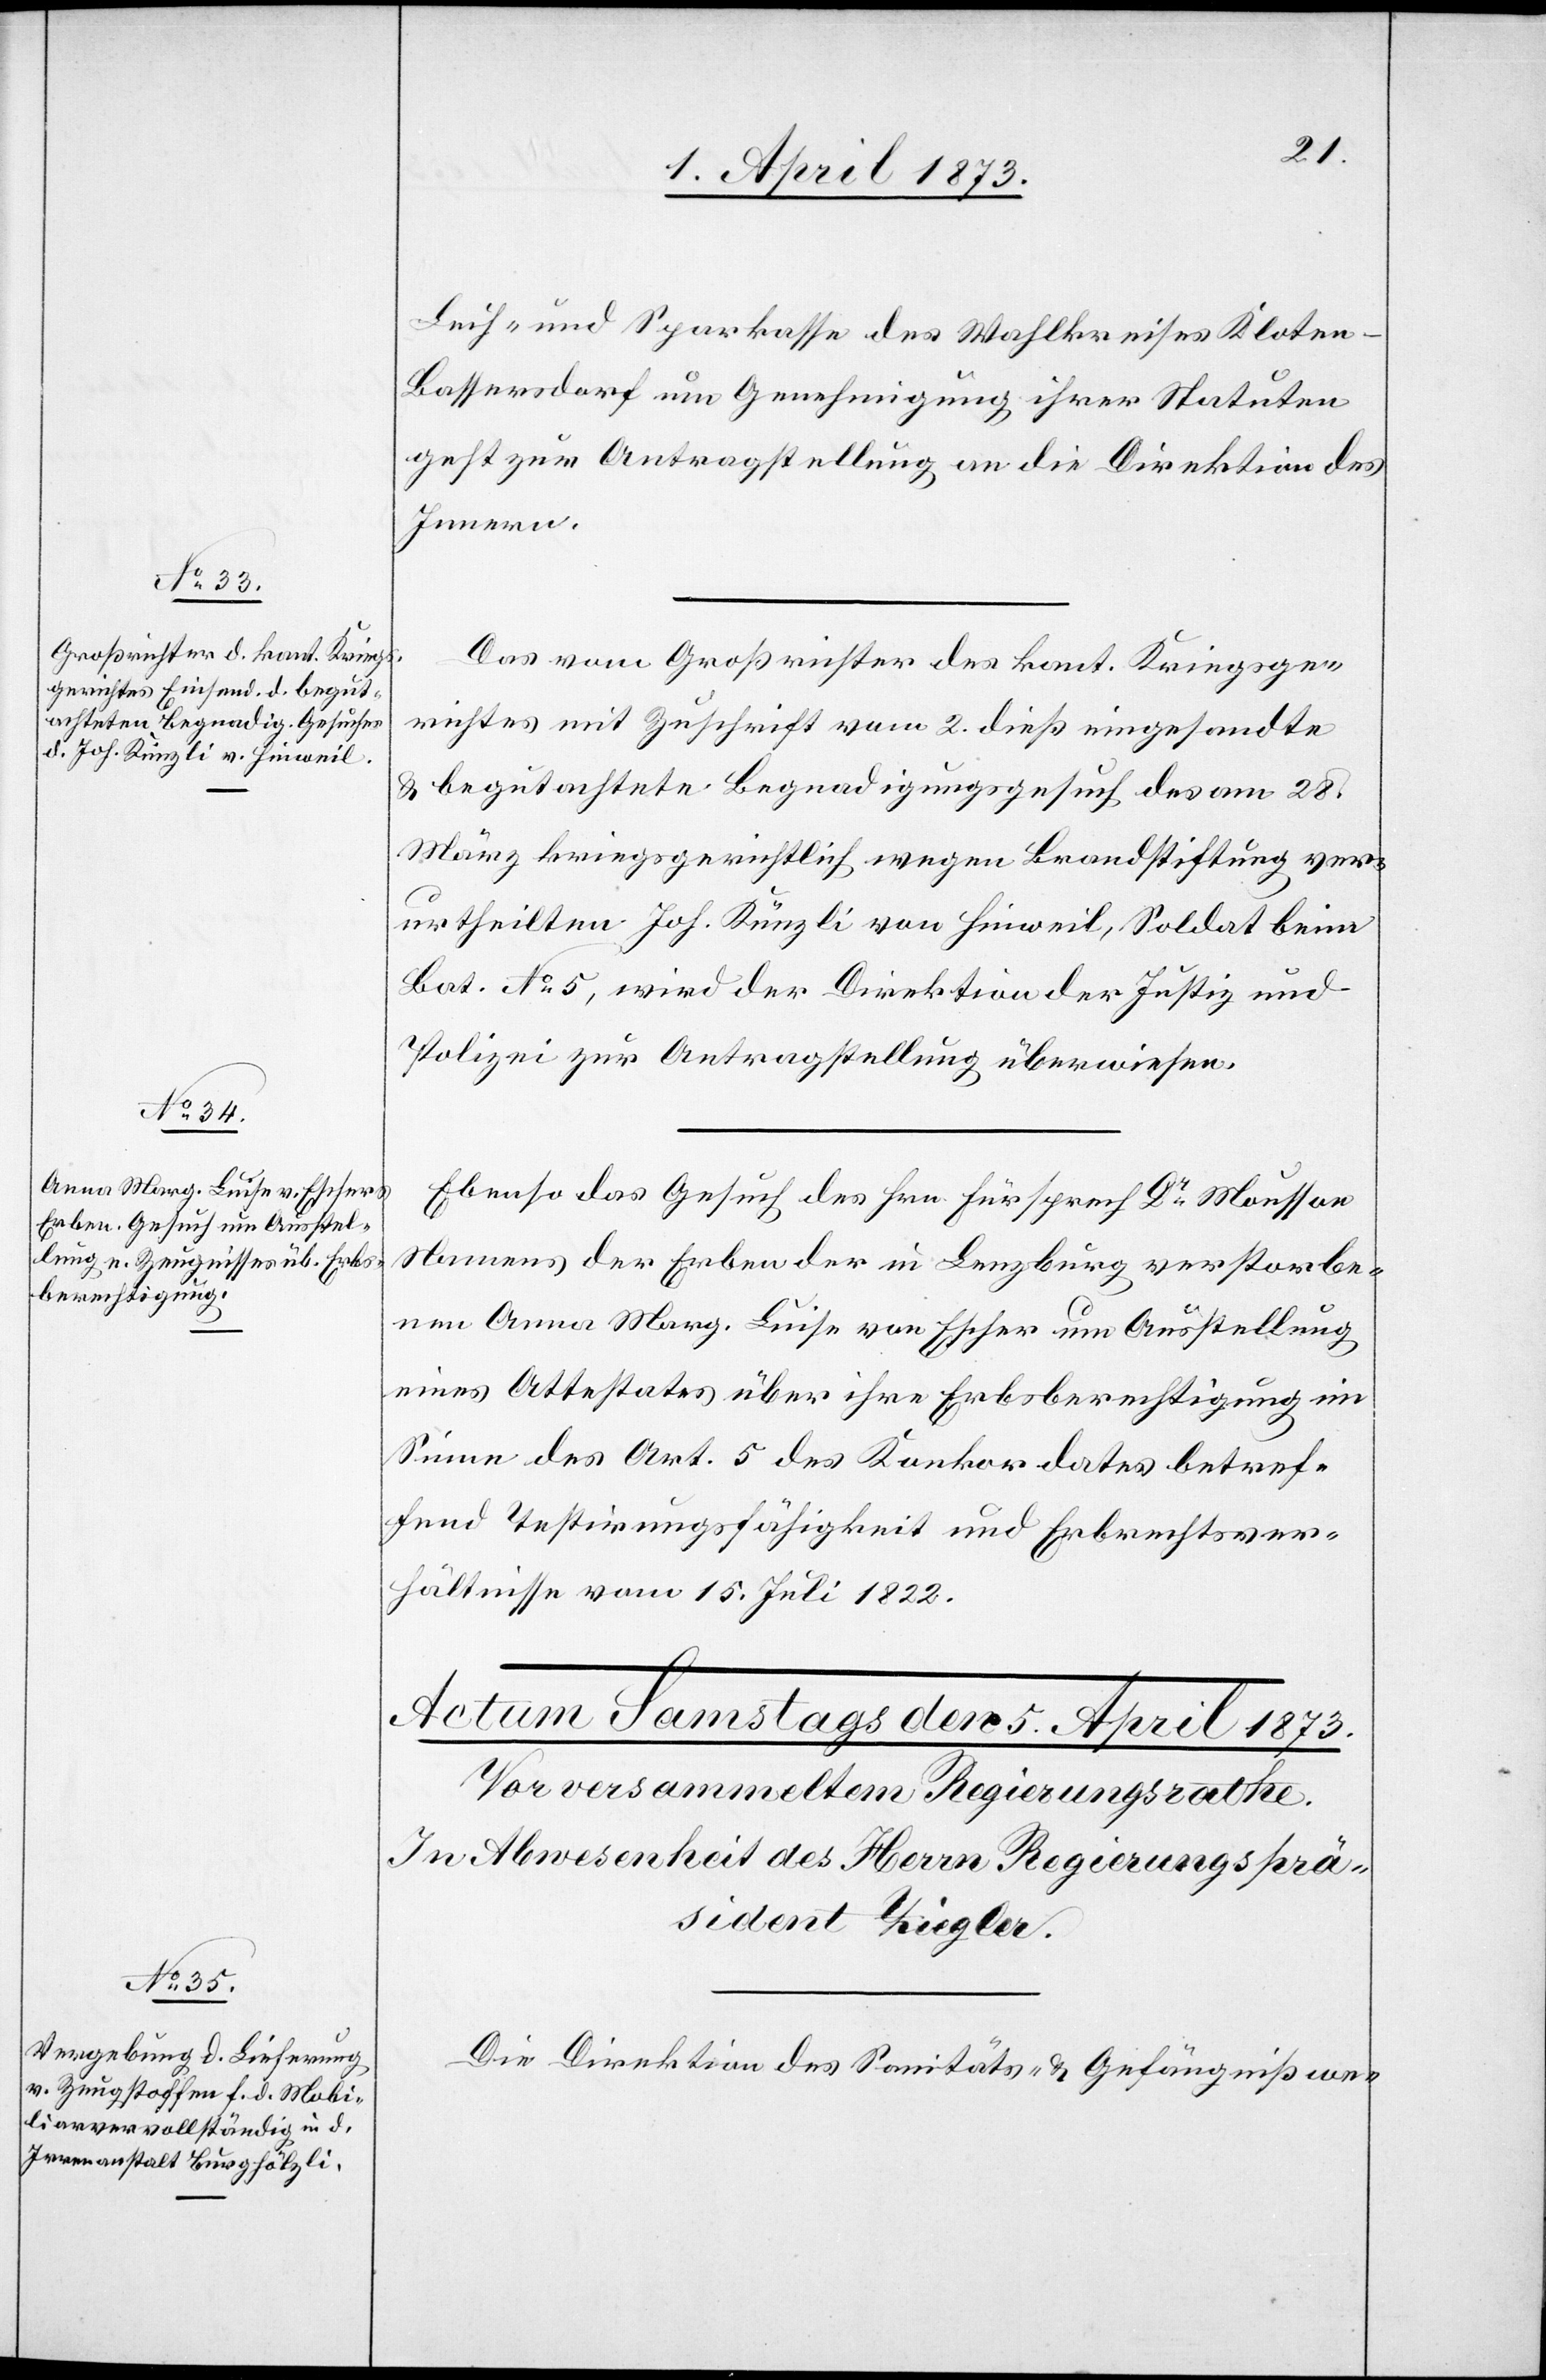
4. April 1873.]
Leih- und Sparkasse des Wahlkreises Kloten-B¬
assersdorf um Genehmigung ihrer Statuten
geht zur Antragstellung an die Direktion des
Innern.
Das vom Großrichter des Kant. Kriegsge¬
richtes mit Zuschrift vom 2. dieß eingesandte
u. begutachtete Begnadigungsgesuch des am 28.
März kriegsgerichtlich wegen Brandstiftung ver¬
urtheilten Joh. Künzli von Hinweil, Soldat beim
Bat. No 5, wird der Direktion der Justiz und
Polizei zur Antragstellung überwiesen.
Ebenso das Gesuch des Hrn. Fürsprech Dr Mousson
Namens der Erben der in Lenzburg verstorbe¬
nen Anna Marg. Luise von Escher um Ausstellung
eines Attestates über ihre Erbsberechtigung im
Sinne des Art. 5 des Konkordates betref¬
fend Testirungsfähigkeit und Erbrechtsver¬
hältnisse vom 15. Juli 1822.
Die Direktion des Santitäts- u. Gefängnißwe-